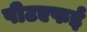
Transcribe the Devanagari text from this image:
पीटएफई